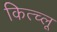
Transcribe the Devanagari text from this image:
कित्च्लू